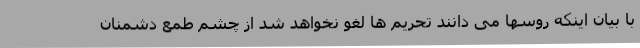
با بیان اینکه روسها می دانند تحریم ها لغو نخواهد شد از چشم طمع دشمنان